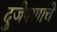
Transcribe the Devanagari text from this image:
दुजेपणाचे